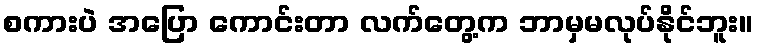
စကားပဲ အပြော ကောင်းတာ လက်တွေ့က ဘာမှမလုပ်နိုင်ဘူး။